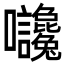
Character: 𡆙